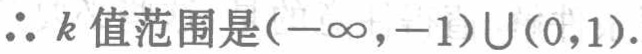
\(\therefore k\text{值范围是}(-\infty,-1)\cup(0,1).\)